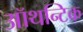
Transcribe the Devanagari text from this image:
ऑथन्टिक